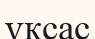
үксас